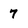
Character: 7